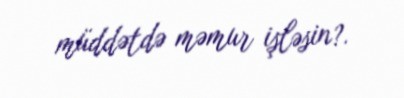
müddətdə məmur işləsin?.